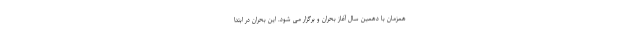
همزمان با دهمین سال آغاز بحران و برگزار می شود. این بحران در ابتدا